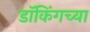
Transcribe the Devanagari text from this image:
डॉकिंगच्या